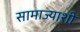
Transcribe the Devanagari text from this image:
सामाज्याशी